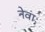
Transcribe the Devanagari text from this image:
नेवाः